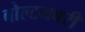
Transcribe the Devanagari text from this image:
बोल्टनबरी